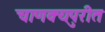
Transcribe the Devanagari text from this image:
चाणक्यपुरीत